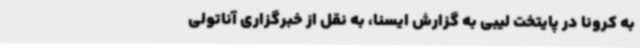
به کرونا در پایتخت لیبی به گزارش ایسنا، به نقل از خبرگزاری آناتولی